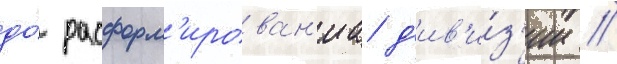
до́ расформ'ирован'иа д'ив'и́з'ии //